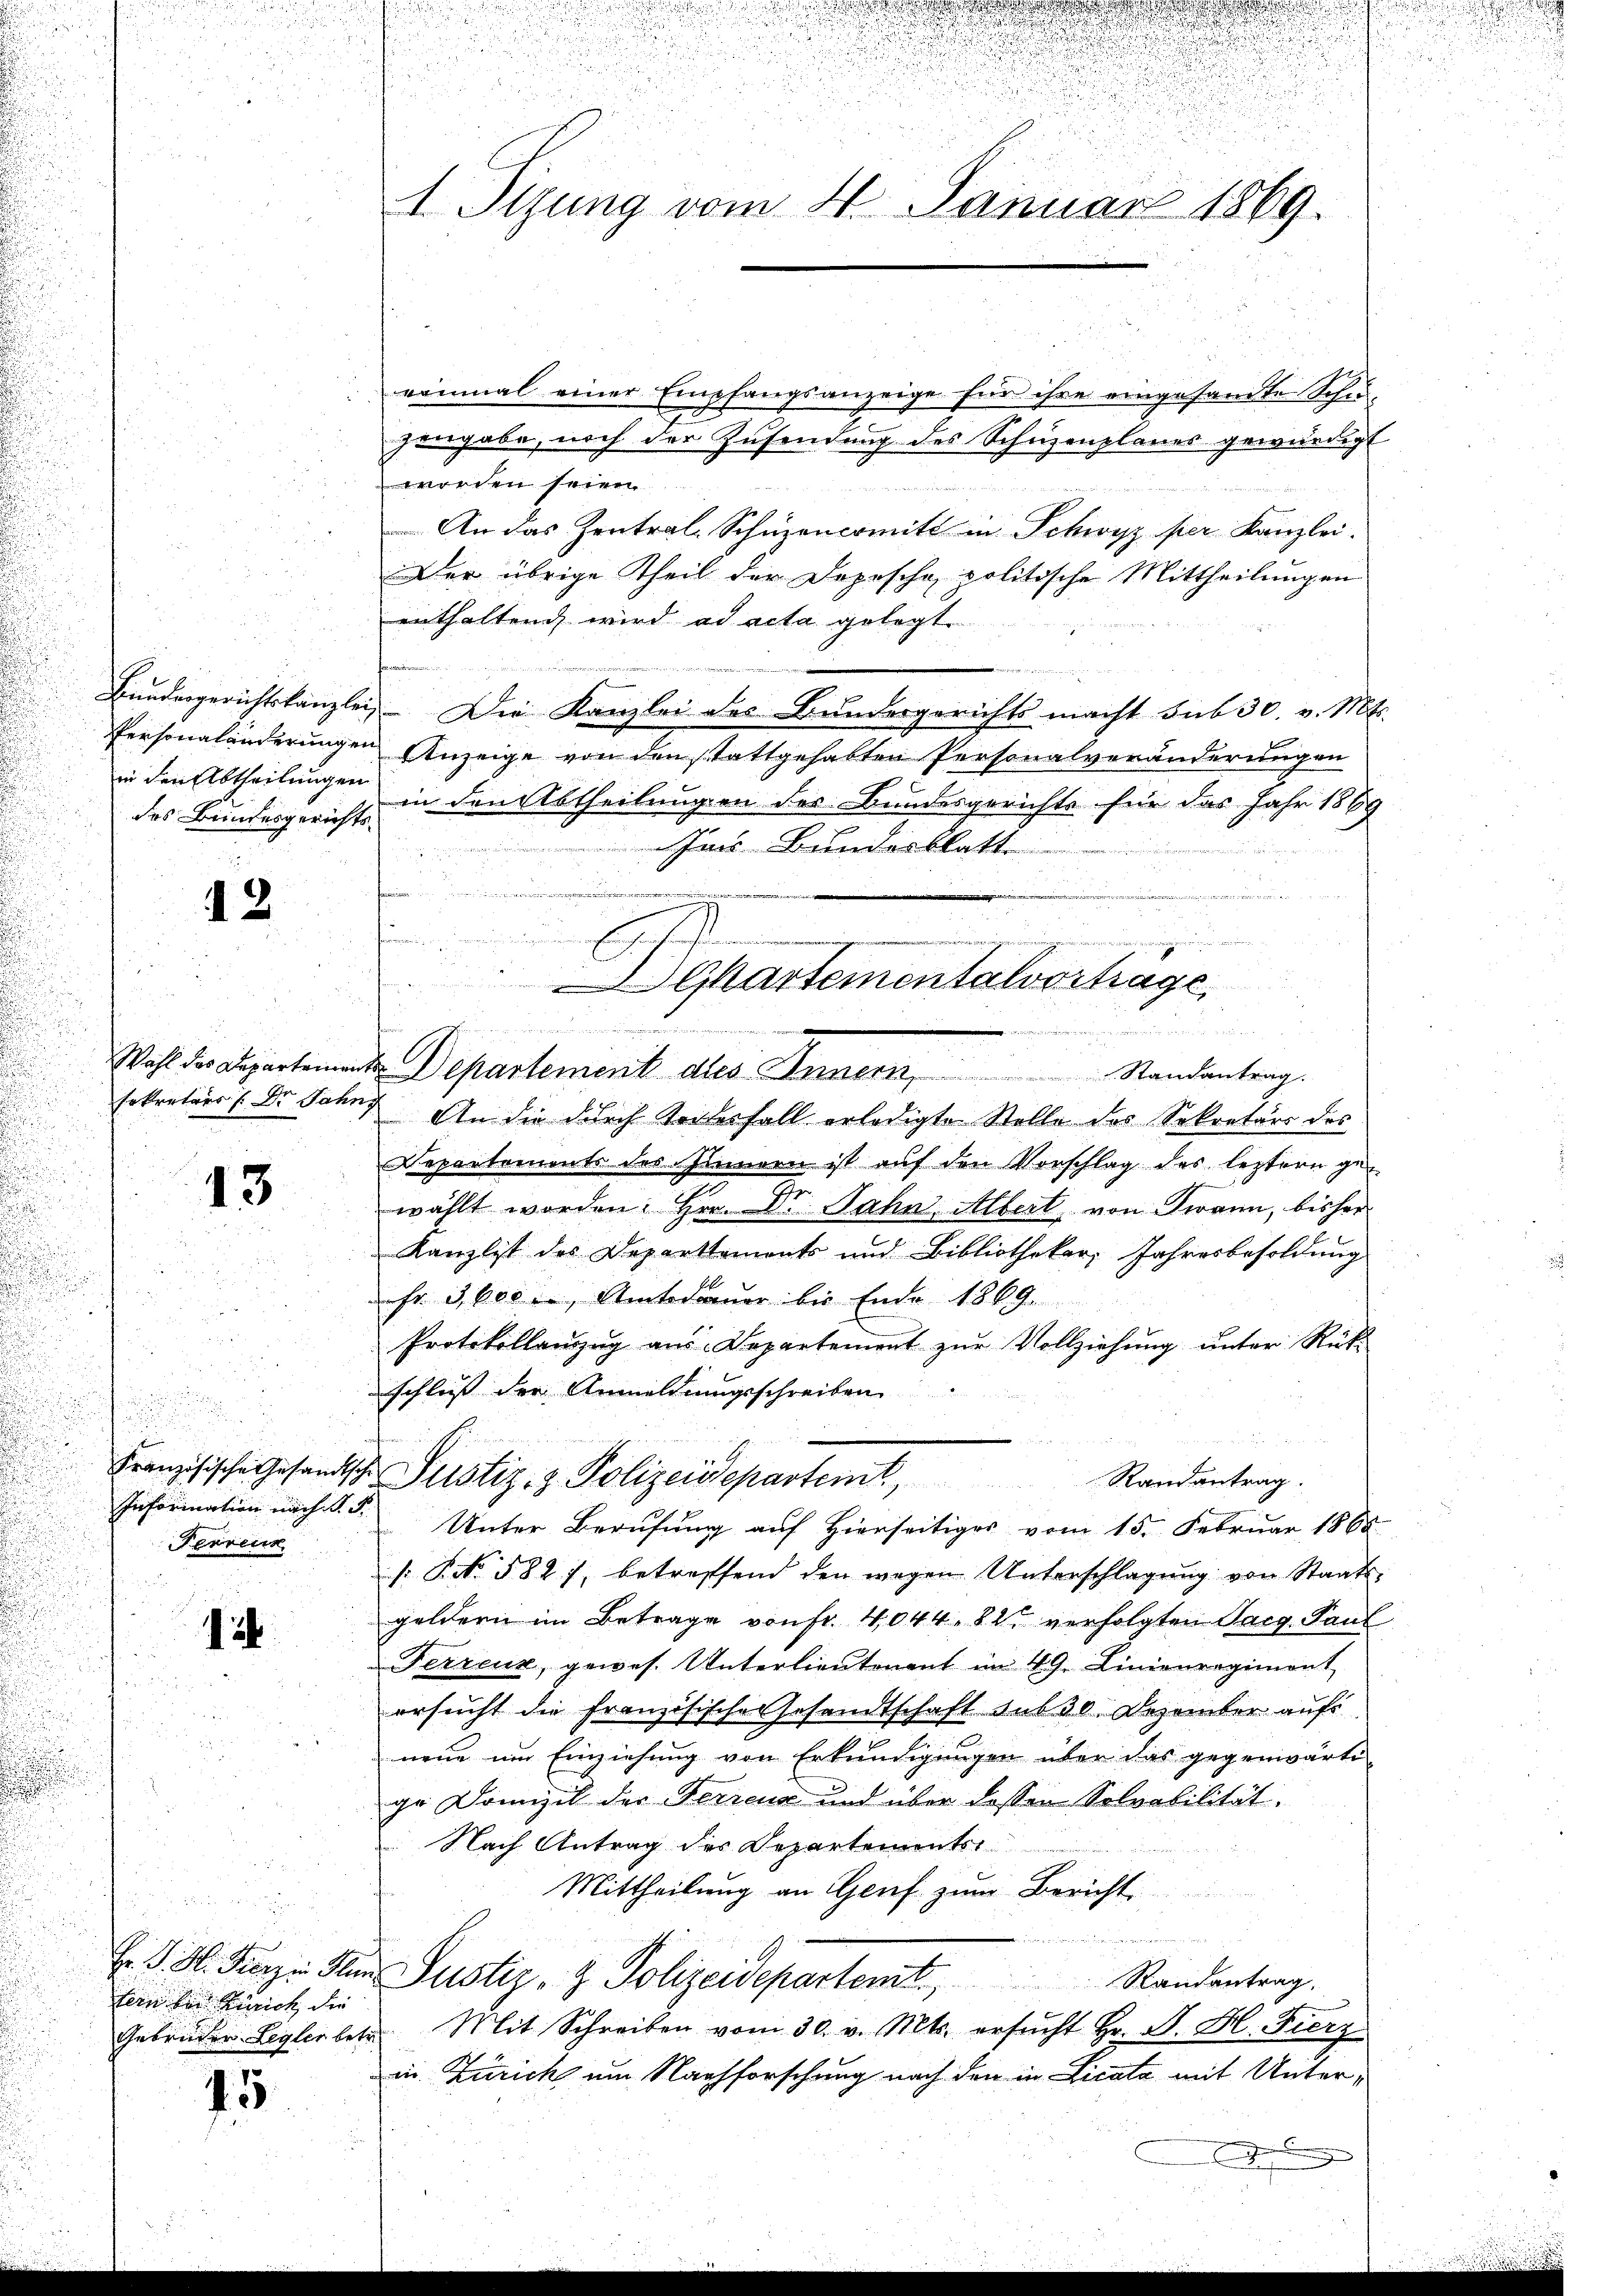
Bundesgerichtskanzlei
Personaländerungen
in den Abtheilungen
des Bundesgerichts-

2

Wahl des Departement
sekretärs /: Dr. Jahn

43

u
Französische Gesandtsche
Information nach d. J.
Ferreur

tern bei Zürich die
Gebrüder Legler betr.

45

u
u
d
d

1 Sizung vom 4. Januar 1869

renmal einer Empfangsanzeige für ihre eingesandte Schu-
hingabe, noch der Zusendung des Schuzenplanes gewürdigt
worden seien
An das Zentral-Schüzencomitt in Schwyz per Kanzlei.
Der übrige Theil der Depesche politische Mittheilungen
enthaltend wird ad acta gelegt.
n
 Die Kanzlei des Bundesgerichts macht sub 30. v. Mts.
AAnzeige von den stattgehabten Personalveränderungen
in den Abtheilungen des Bundesgerichts für das Jahr 1889
 Ims Bundesblatt
.
d
n
d. Departement des Inner                       Randantrag
 An die durch Todesfall erledigte Stelle des Sekretärs des
Departemonts des Sinnern ist auf den Vorschlag des leztern ge-
wählt worden. Hrn. Dr. Jahn, Albert von Twann, bisher
Kanzlist des Departtements und Bibliotheker, Jahresbesoldung
hr 3, beden, Amtsdauer bis Ende 1869.
Protokollanzŭg ans. Departement zŭr Vollziehŭng ŭnter Rück-
schluss der Anmeldungsschreiben
Justiz- & Polizeidepartemt, Randantrag.
Unter Berufung auf Hierseitiges vom 15. Februar 1868
/ No. 582 f. betreffend den wegen Unterschlagung von Staats-
geldern im Betrage von Fr. 4044. 82 verfolgten Sarg. Paul
Ferrenz, gewes. Unterlieutenant in 49. Linienregiment
ersucht die Französische Gesandtschaft sub 30 Dezember auf
neue im Einziehung von Erkundigungen über das gegenwärti-
ge Domizil der Ferienz und über dessen Solvabilität,
Nach Antrag des Departements
Mittheilung an Genf zum Bericht.
Fr. J. H. Fierze Plan Justiz- & Polizeidepartemt Randantrag.
Mit Schreiben vom 30. v. Mts. ersucht Hr. P. H. Fierz
in Zürich um Nachforschung nach den in Licata mit Unter¬

E
ingerung und und
Gkartementalvortrage
d
 128.

.
u